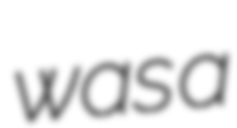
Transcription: was a